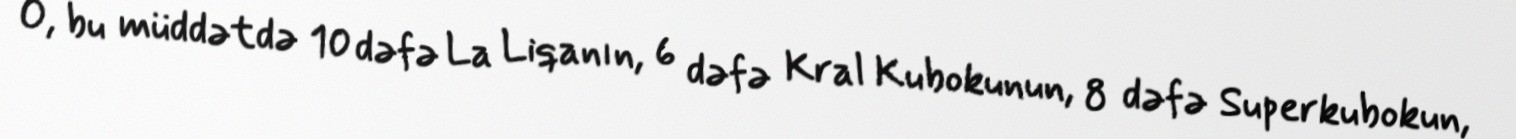
O, bu müddətdə 10 dəfə La Liqanın, 6 dəfə Kral Kubokunun, 8 dəfə Superkubokun,